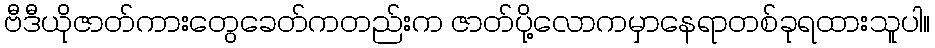
ဗီဒီယိုဇာတ်ကားတွေခေတ်ကတည်းက ဇာတ်ပို့လောကမှာနေရာတစ်ခုရထားသူပါ။